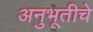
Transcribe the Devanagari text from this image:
अनुभूतीचे